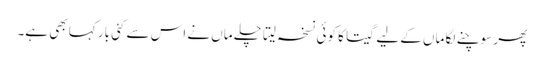
پھر سوچنے لگا ماں کے لیے گیتا کا کوئی نسخہ لیتا چلے ماں نے اس سے کئی بار کہا بھی ہے۔